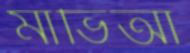
মাভিআ